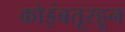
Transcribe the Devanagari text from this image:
कोइंबतूरहून